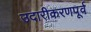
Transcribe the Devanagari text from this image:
उदारीकरणपूर्व